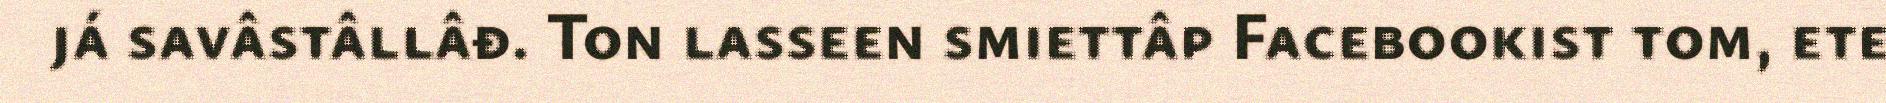
já savâstâllâđ. Ton lasseen smiettâp Facebookist tom, ete